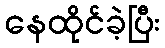
နေထိုင်ခဲ့ပြီး